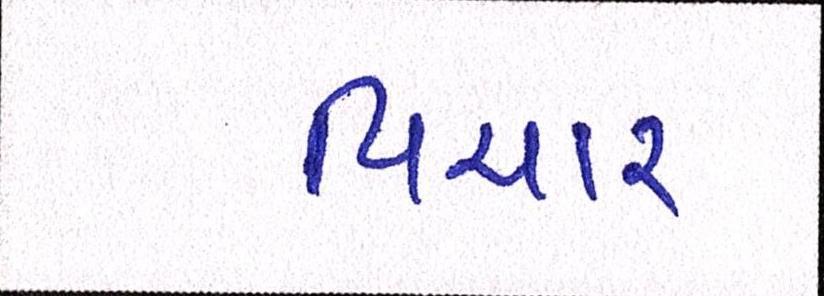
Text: વિચાર